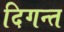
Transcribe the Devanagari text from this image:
दिगन्‍त